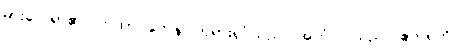
မှားလေရာ၏။ တထာဂတေန၊ ဘုရားရှင်သည်။ အဟံ၊ ငါသည်။ ဧတရဟိ၊